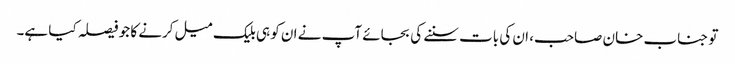
تو جناب خان صاحب، ان کی بات سننے کی بجائے آپ نے ان کو ہی بلیک میل کرنے کا جو فیصلہ کیا ہے۔